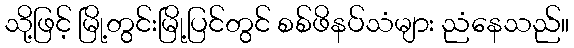
သို့ဖြင့် မြို့တွင်းမြို့ပြင်တွင် စစ်ဖိနပ်သံများ ညံနေသည်။